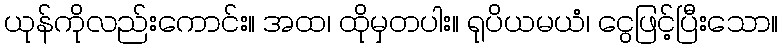
ယုန်ကိုလည်းကောင်း။ အထ၊ ထိုမှတပါး။ ရုပိယမယံ၊ ငွေဖြင့်ပြီးသော။